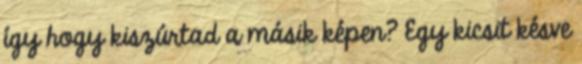
így hogy kiszúrtad a másik képen? Egy kicsit késve